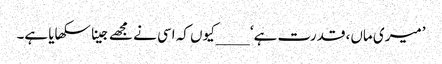
’میری ماں، قدرت ہے‘ ____کیوں کہ اسی نے مجھے جینا سکھایا ہے۔